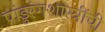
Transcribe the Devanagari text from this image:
पांडुरंगशास्त्रींची